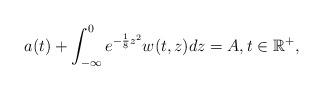
LaTeX: \begin{align*}a(t) + \int_{-\infty}^0 e^{-\frac{1}{8} z^2} w(t,z) dz = A, t \in \mathbb{R}^+,\end{align*}